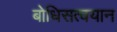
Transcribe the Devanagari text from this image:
बोधिसत्वयान